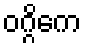
ဝဂ္ဂိကေ